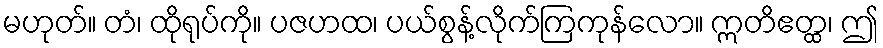
မဟုတ်။ တံ၊ ထိုရုပ်ကို။ ပဇဟထ၊ ပယ်စွန့်လိုက်ကြကုန်လော။ ဣတိဧတ္ထ၊ ဤ